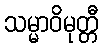
သမ္မာဝိမုတ္တီ